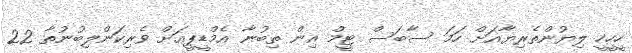
ހީހީހީ ލިޔުންތެރިޔާއަށް ހަަމަ ސާބަސް ޓީމް އިން ތިބުނާ އެމްޑީޕީއަށް ވެރިކަންލިބުނުތާ 22